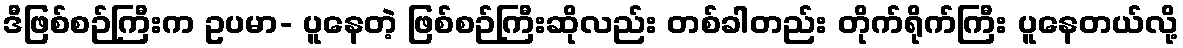
ဒီဖြစ်စဉ်ကြီးက ဥပမာ- ပူနေတဲ့ ဖြစ်စဉ်ကြီးဆိုလည်း တစ်ခါတည်း တိုက်ရိုက်ကြီး ပူနေတယ်လို့